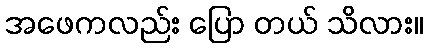
အဖေကလည်း ပြော တယ် သိလား။